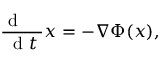
\frac { \mathrm { ~ d ~ \, ~ \, ~ } } { \mathrm { ~ d ~ } t } { \boldsymbol x } = - \nabla \Phi ( { \boldsymbol x } ) ,